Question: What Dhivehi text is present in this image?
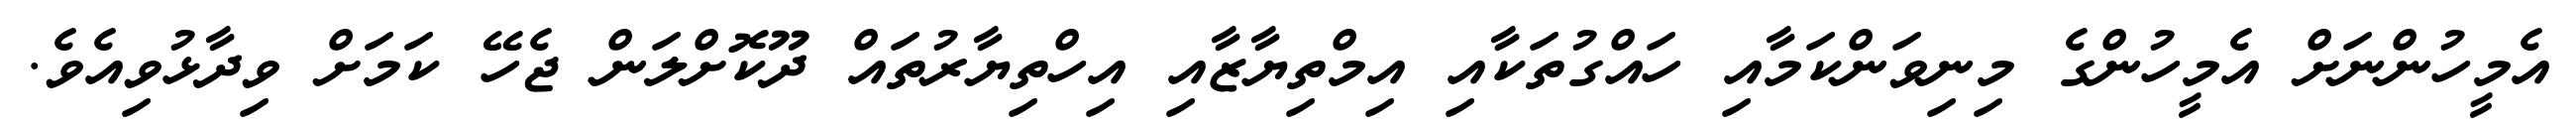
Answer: އެމީހުންނަށް އެމީހުންގެ މިނިވަންކަމާއި ހައްގުތަކާއި އިމްތިޔާޒާއި އިހްތިޔާރުތައް ދޫކޮށްލަން ޖެހޭ ކަމަށް ވިދާޅުވިއެވެ.